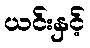
ယင်းနှင့်